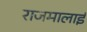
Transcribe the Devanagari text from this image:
राजमालाई